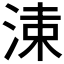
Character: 𣷵